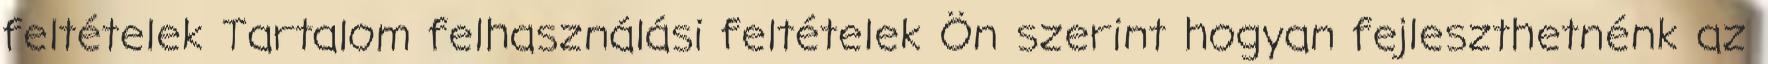
feltételek Tartalom felhasználási feltételek Ön szerint hogyan fejleszthetnénk az